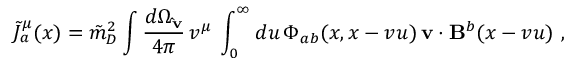
{ \tilde { J } } _ { a } ^ { \mu } ( x ) = { \tilde { m } } _ { D } ^ { 2 } \int \frac { d \Omega _ { \bf { \hat { v } } } } { 4 \pi } \, v ^ { \mu } \, \int _ { 0 } ^ { \infty } d u \, \Phi _ { a b } ( x , x - v u ) \, { \bf v } \cdot { \bf B } ^ { b } ( x - v u ) \ , \,